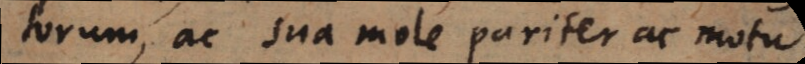
torum, ac sua mole pariter ac motu